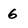
Character: 6